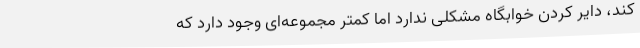
کند، دایر کردن خوابگاه مشکلی ندارد اما کمتر مجموعه‌ای وجود دارد که